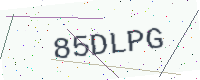
Text: 85DLPG